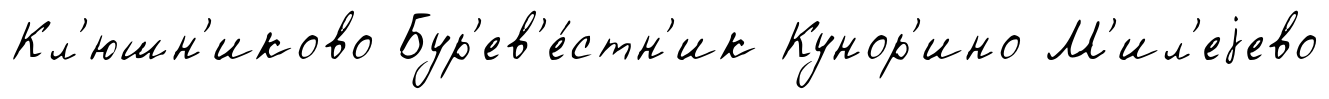
Кл'юшн'иково Бур'ев'е́стн'ик Кунор'ино М'ил'еjево